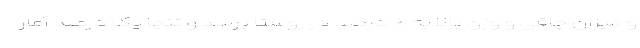
و میزان چاقی و وزن بالا به ۶۱ درصد در روستا برسد و تنها یک درصد آمار